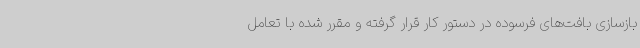
بازسازی بافت‌های فرسوده در دستور کار قرار گرفته و مقرر شده با تعامل